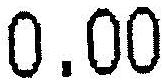
0.00